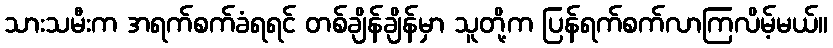
သားသမီးက အရက်စက်ခံရရင် တစ်ချိန်ချိန်မှာ သူတို့က ပြန်ရက်စက်လာကြလိမ့်မယ်။